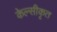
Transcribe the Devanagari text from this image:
केल्सीकृत